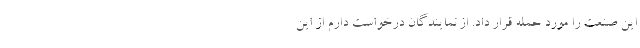
این صنعت را مورد حمله قرار داد. از نمایندگان درخواست دارم از این